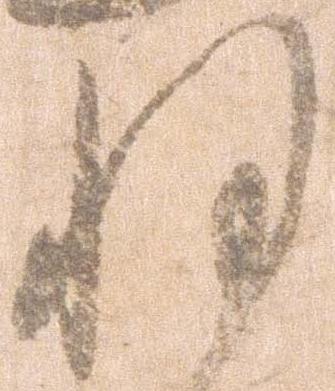
ね